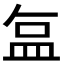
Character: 𬐚